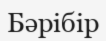
Бәрібір